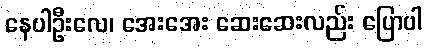
နေပါဦးလေ၊ အေးအေး ဆေးဆေးလည်း ပြောပါ